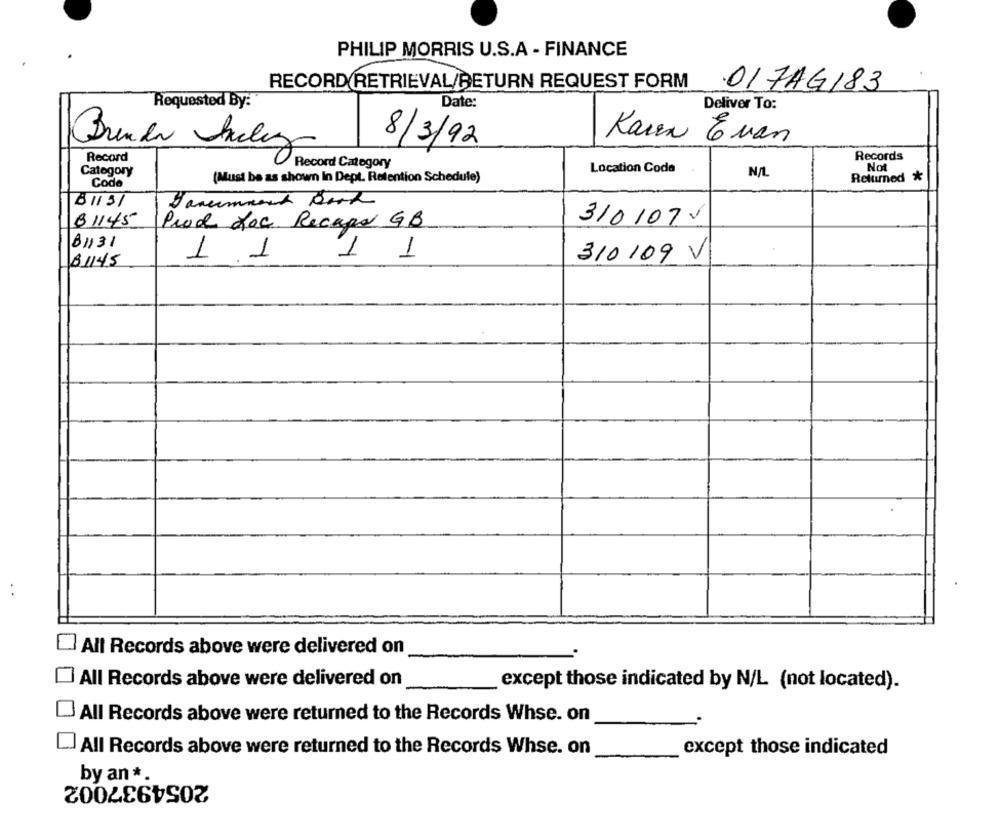
PHILIP MORRIS U.S.A - FINANCE
RECORD RETRIEVAL/RETURN REQUEST FORM
017AG183
Requested By:
Date:
Deliver To:
Karen
8/3/92
E van
Brenda Inclez
Record
Records
Record Category
Not
Category
(Must be as shown In Dept. Retention Schedule)
Location Code
N/L
Code
Returned *
81137
81145
Prod Lac Recupo GB
3101075
81131
11
1 1
310/09 V
81145
All Records above were delivered on
All Records above were delivered on
except those indicated by N/L (not located).
All Records above were returned to the Records Whse. on
All Records above were returned to the Records Whse. on
except those indicated
by an *.
2054937002